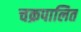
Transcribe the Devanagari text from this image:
चक्रपालित